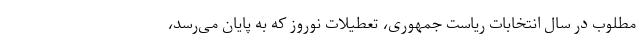
مطلوب در سال انتخابات ریاست جمهوری، تعطیلات نوروز که به پایان می‌رسد،